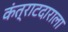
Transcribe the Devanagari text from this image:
कंत्राटदाराला